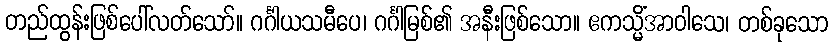
တည်ထွန်းဖြစ်ပေါ်လတ်သော်။ ဂင်္ဂါယသမီပေ၊ ဂင်္ဂါမြစ်၏ အနီးဖြစ်သော။ ဧကသ္မိံအာဝါသေ၊ တစ်ခုသော